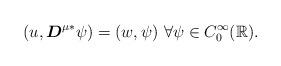
LaTeX: \begin{align*}(u, \boldsymbol{D}^{\mu* } \psi) = (w, \psi)~\forall \psi \in C_0^\infty(\mathbb{R}). \end{align*}